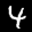
Label: 4